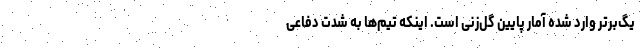
یگ‌برتر وارد شده آمار پایین گل‌زنی است. اینکه تیم‌ها به شدت دفاعی